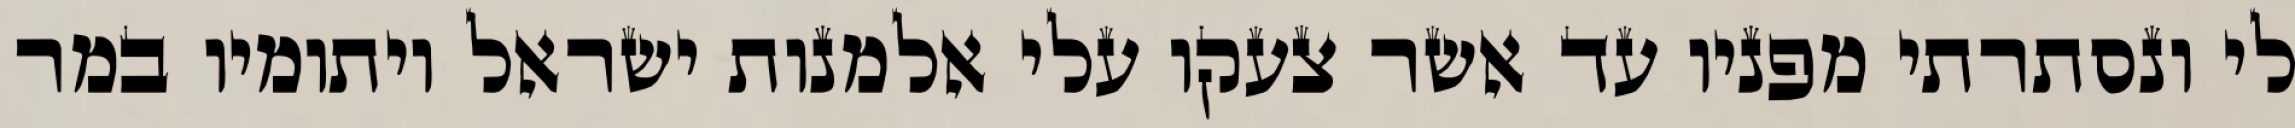
לי ונסתרתי מפניו עד אשר צעקו עלי אלמנות ישראל ויתומיו במר